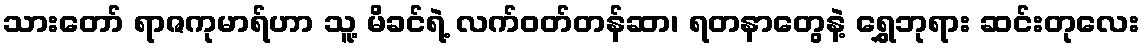
သားတော် ရာဇကုမာရ်ဟာ သူ့ မိခင်ရဲ့ လက်ဝတ်တန်ဆာ၊ ရတနာတွေနဲ့ ရွှေဘုရား ဆင်းတုလေး